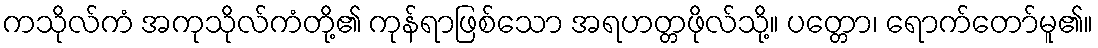
ကသိုလ်ကံ အကုသိုလ်ကံတို့၏ ကုန်ရာဖြစ်သော အရဟတ္တဖိုလ်သို့။ ပတ္တော၊ ရောက်တော်မူ၏။